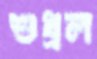
শুধ্‌রল